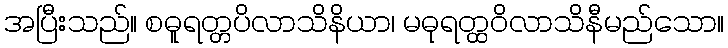
အပြီးသည်။ စဓူရတ္တပိလာသိနိယာ၊ မဓုရတ္ထဝိလာသိနီမည်သော။